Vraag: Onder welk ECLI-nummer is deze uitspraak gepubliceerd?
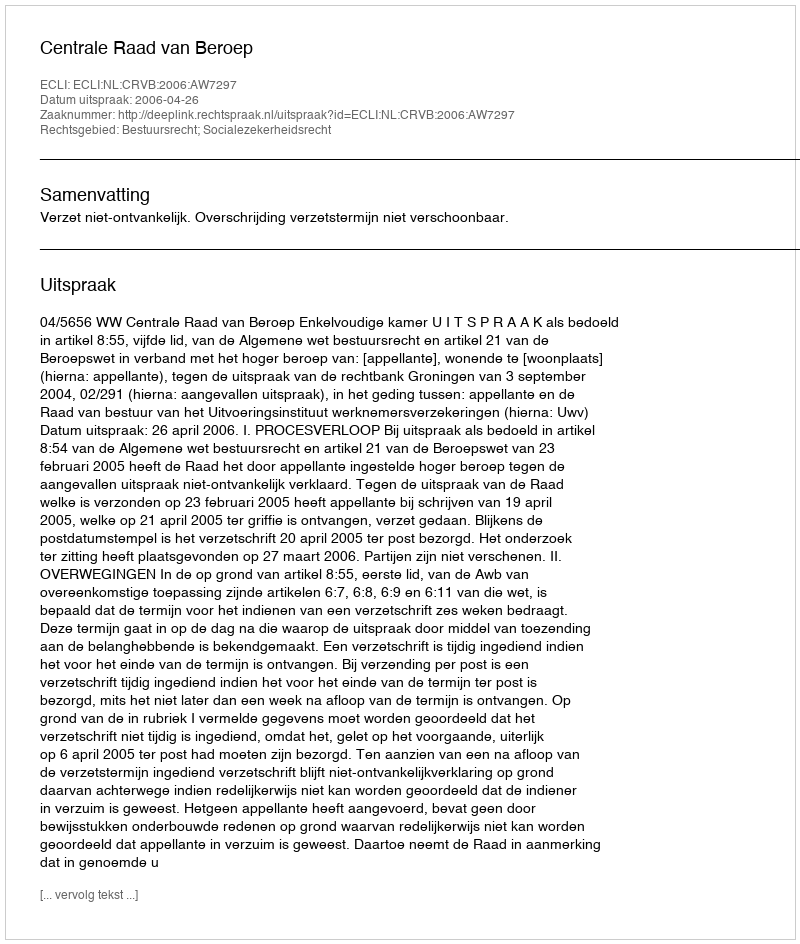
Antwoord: ECLI:NL:CRVB:2006:AW7297